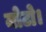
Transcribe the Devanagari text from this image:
मोटो।